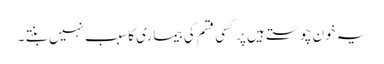
یہ خون چوستے ہیں پر کسی قسم کی بیماری کا سبب نہیں بنتے ۔